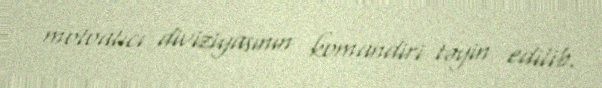
motoatıcı diviziyasının komandiri təyin edilib.